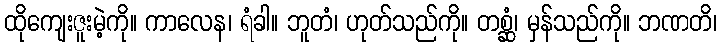
ထိုကျေးဇူးမဲ့ကို။ ကာလေန၊ ရံခါ။ ဘူတံ၊ ဟုတ်သည်ကို။ တစ္ဆံ၊ မှန်သည်ကို။ ဘဏတိ၊